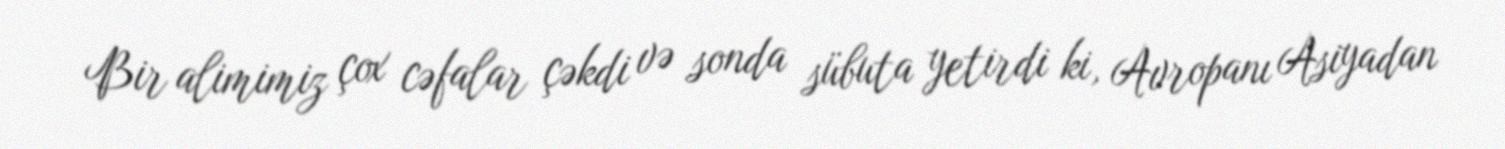
Bir alimimiz çox cəfalar çəkdi və sonda sübuta yetirdi ki, Avropanı Asiyadan